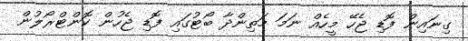
ގިނައިން ފޮޑި ޖެހޭ މީހެއް ނަމަ މަތިންދާ ބޯޓުގައި ފޮޑި ޖެހުން ކޮންޓްރޯލުން